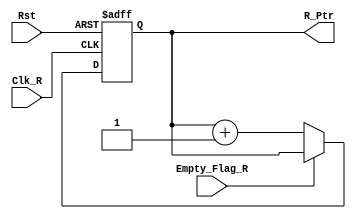
module Read_Ptr # (
    parameter WIDTH = 4
)(
    input  wire Clk_R,
    input  wire Rst,
    input  wire Empty_Flag_R,
    output reg  R_Ptr
);

always @ (posedge Clk_R or negedge Rst)
    if (!Rst)
        R_Ptr <= 'd0;
    else if (!Empty_Flag_R)
        R_Ptr <= R_Ptr + 1'b1;
endmodule